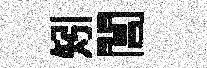
矧閶